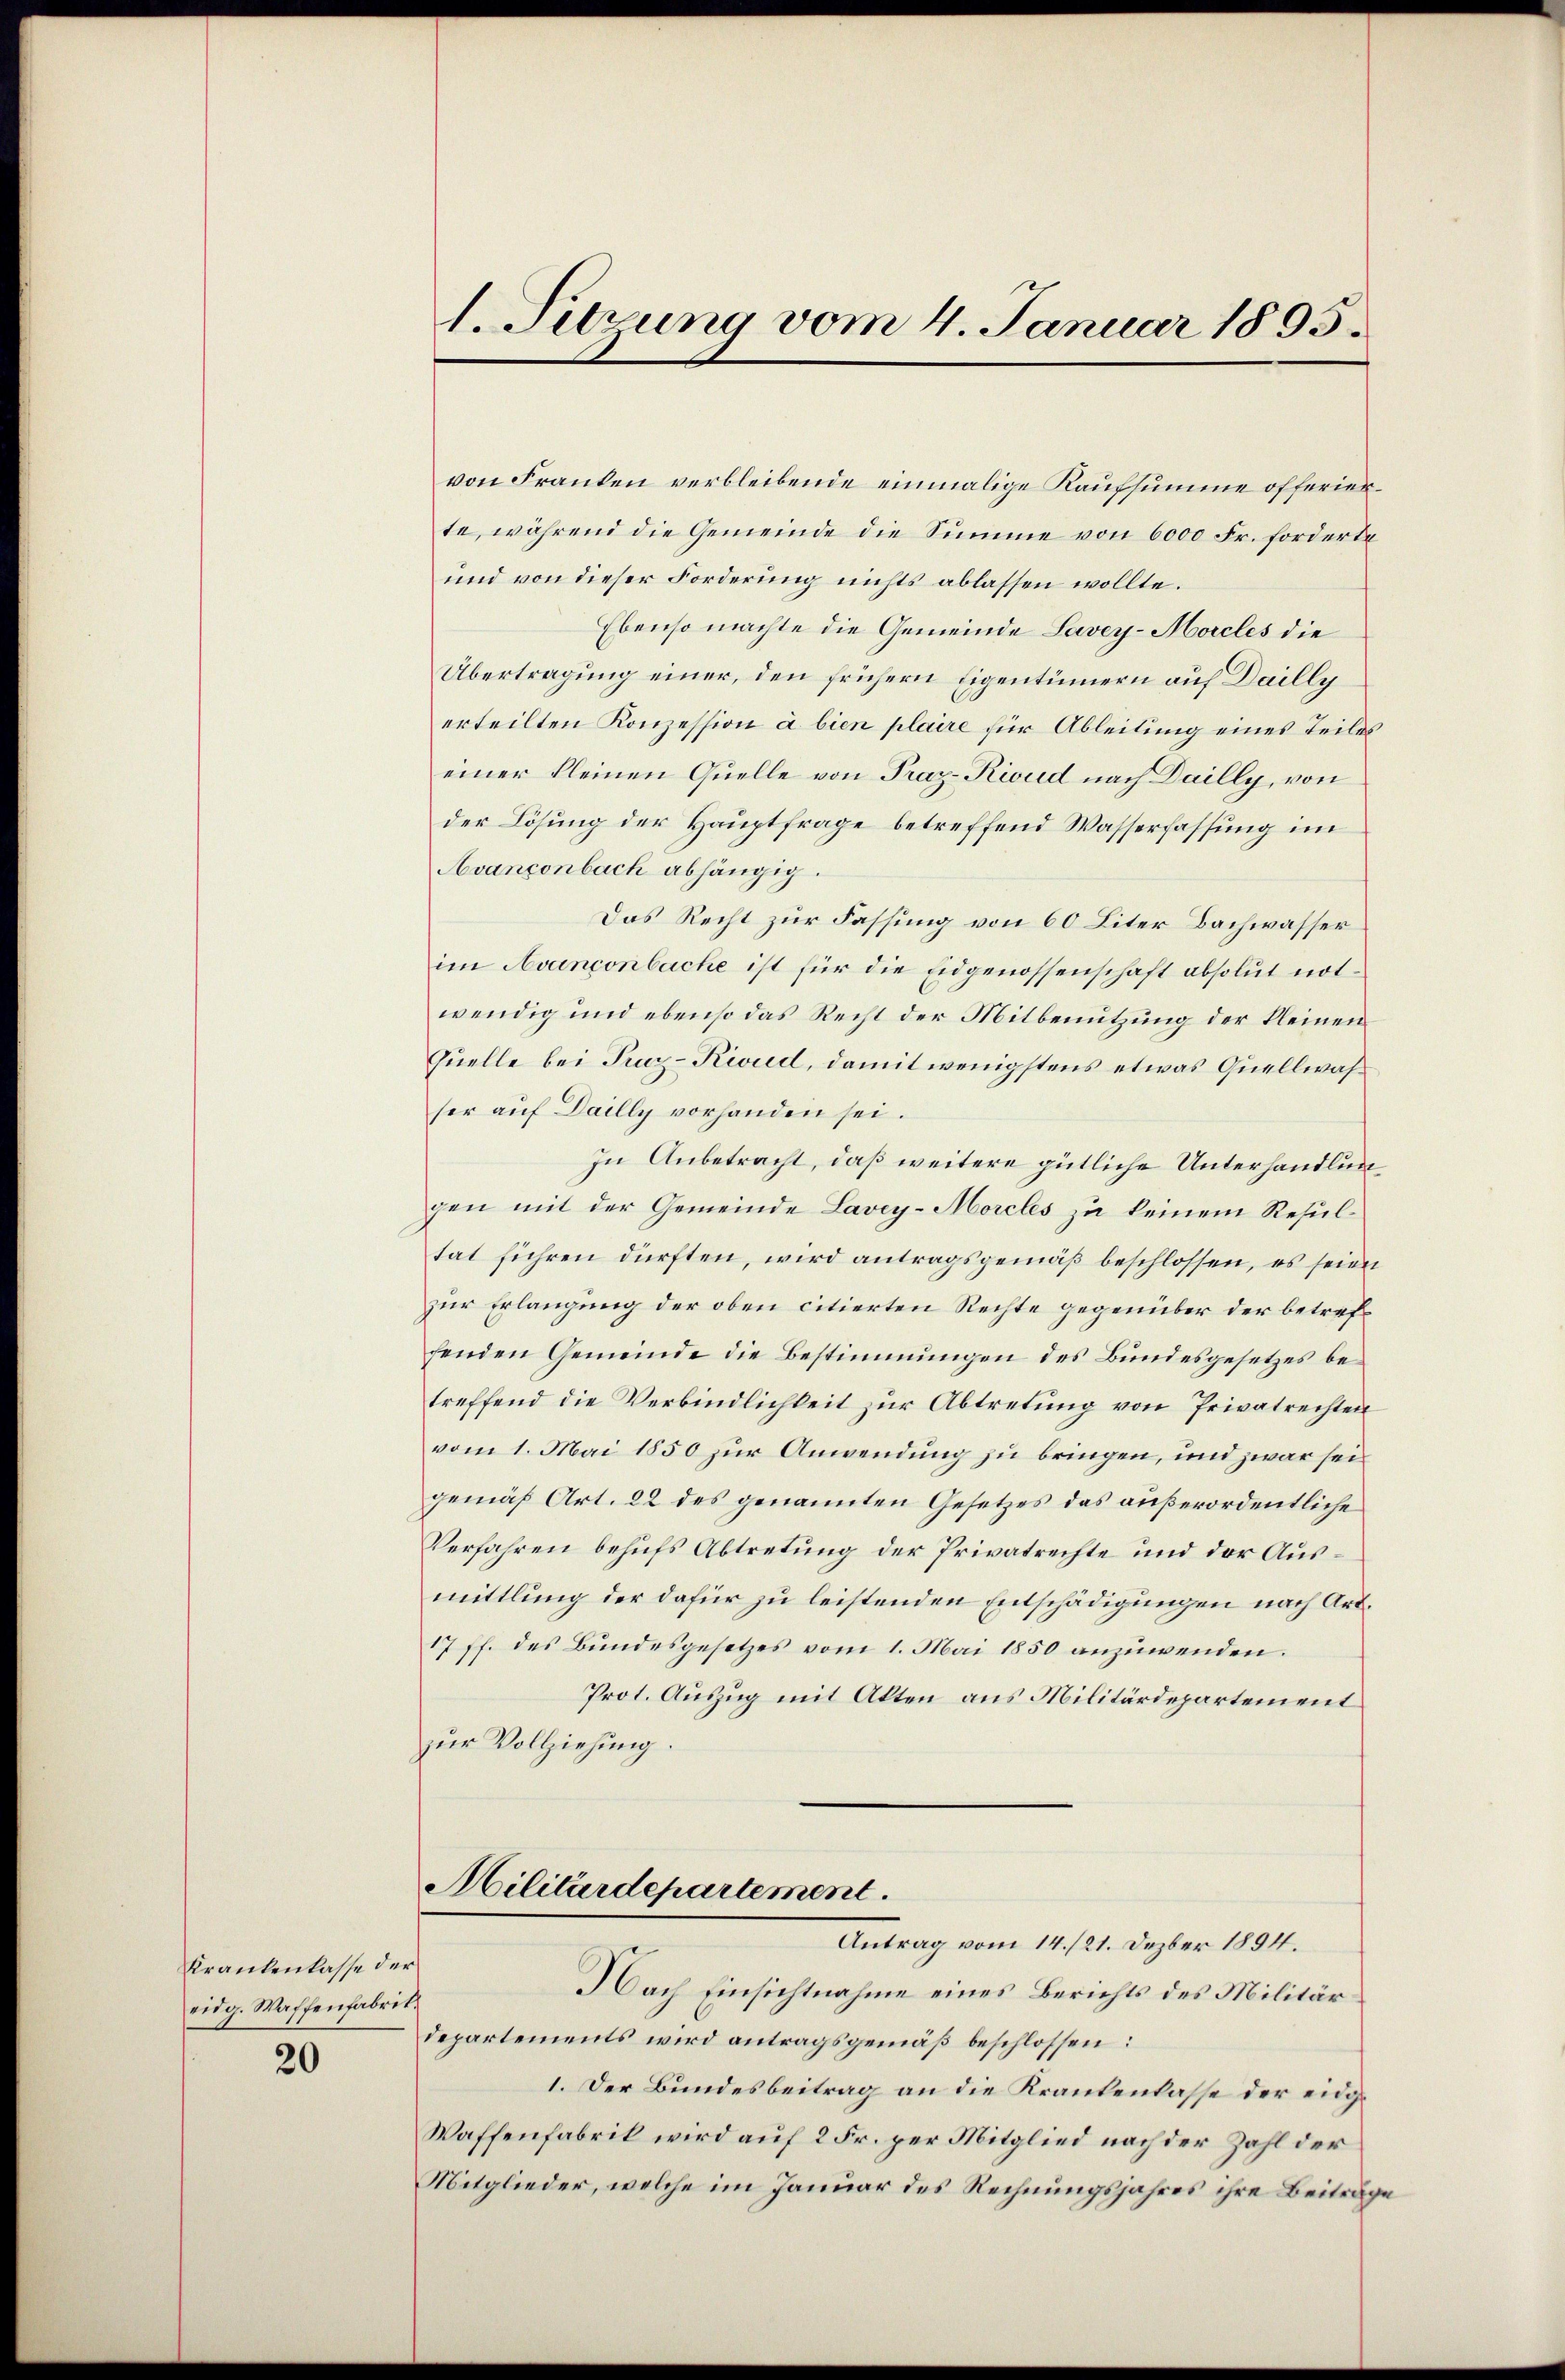
Krankenkasse der
eidg. Waffenfabrit.

20

1. Setzung vom 4. Januar 1895.

von Franken verbleibende einmalige Kaufsumme offerierte, während die Gemeinde die Summe von 6000 Fr. forderte
und von dieser Forderung nichts ablassen wollte.
Ebenso machte die Gemeinde Savey-Hocles die
Übertragung einer, den frühern Eigentümern auf Dailly
erteilten Konzession à bien plaire für Ableitung eines Teiles
einer kleinen Quelle von Praz-Riud nach Dailly, von
der Lösung der Hauptfrage betreffend Wasserfassung im
Avançonbach abhängig.
Das Recht zur Fassung von 60 Liter Bachwasser
im Avanconbache ist für die Eidgenossenschaft absolut notwendig und ebenso das Recht der Mitbenutzung der kleinen
Quelle bei Pruz-Riud, damit wenigstens etwas Quellwahser auf Dailly vorhanden sei.
In Anbetracht, daß weitere gütliche Unterhandlungen mit der Gemeinde Lavey-Morcles zu keinem Resultat führen dürften, wird antragsgemäß beschlossen, es seien
zur Erlangung der oben citierten Rechte gegenüber der betreffenden Gemeinde die Bestimmungen des Bundesgesetzes betreffend die Verbindlichkeit zur Abtretung von Privatrechten
vom 1. Mai 1850 zur Anwendung zu bringen, und zwar sei
gemäß Art. 22 des genannten Gesetzes das außerordentliche
Verfahren behufs Abtretung der Privatrechte und der Ausmittlung der dafür zu leistenden Entschädigungen nach Art.
17 ff. des Bundesgesetzes vom 1. Mai 1850 anzuwenden.
Prot. Auszug mit Akten aus Militärdepartement
zur Vollziehung.
Militärdepartement
Antrag vom 14./21. Dezber 1894.
Nach Einsichtnahme eines Berichts des Militär
departements wird antragsgemäß beschlossen:
1. Der Bundesbeitrag an die Krankenlasse der eidg¬
Waffenfabrik wird auf 2 Fr. per Mitglied nach der Zahl der
Mitglieder, welche im Januar des Rechnungsjahres ihre Beiträge